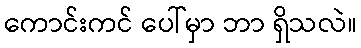
ကောင်းကင် ပေါ်မှာ ဘာ ရှိသလဲ။